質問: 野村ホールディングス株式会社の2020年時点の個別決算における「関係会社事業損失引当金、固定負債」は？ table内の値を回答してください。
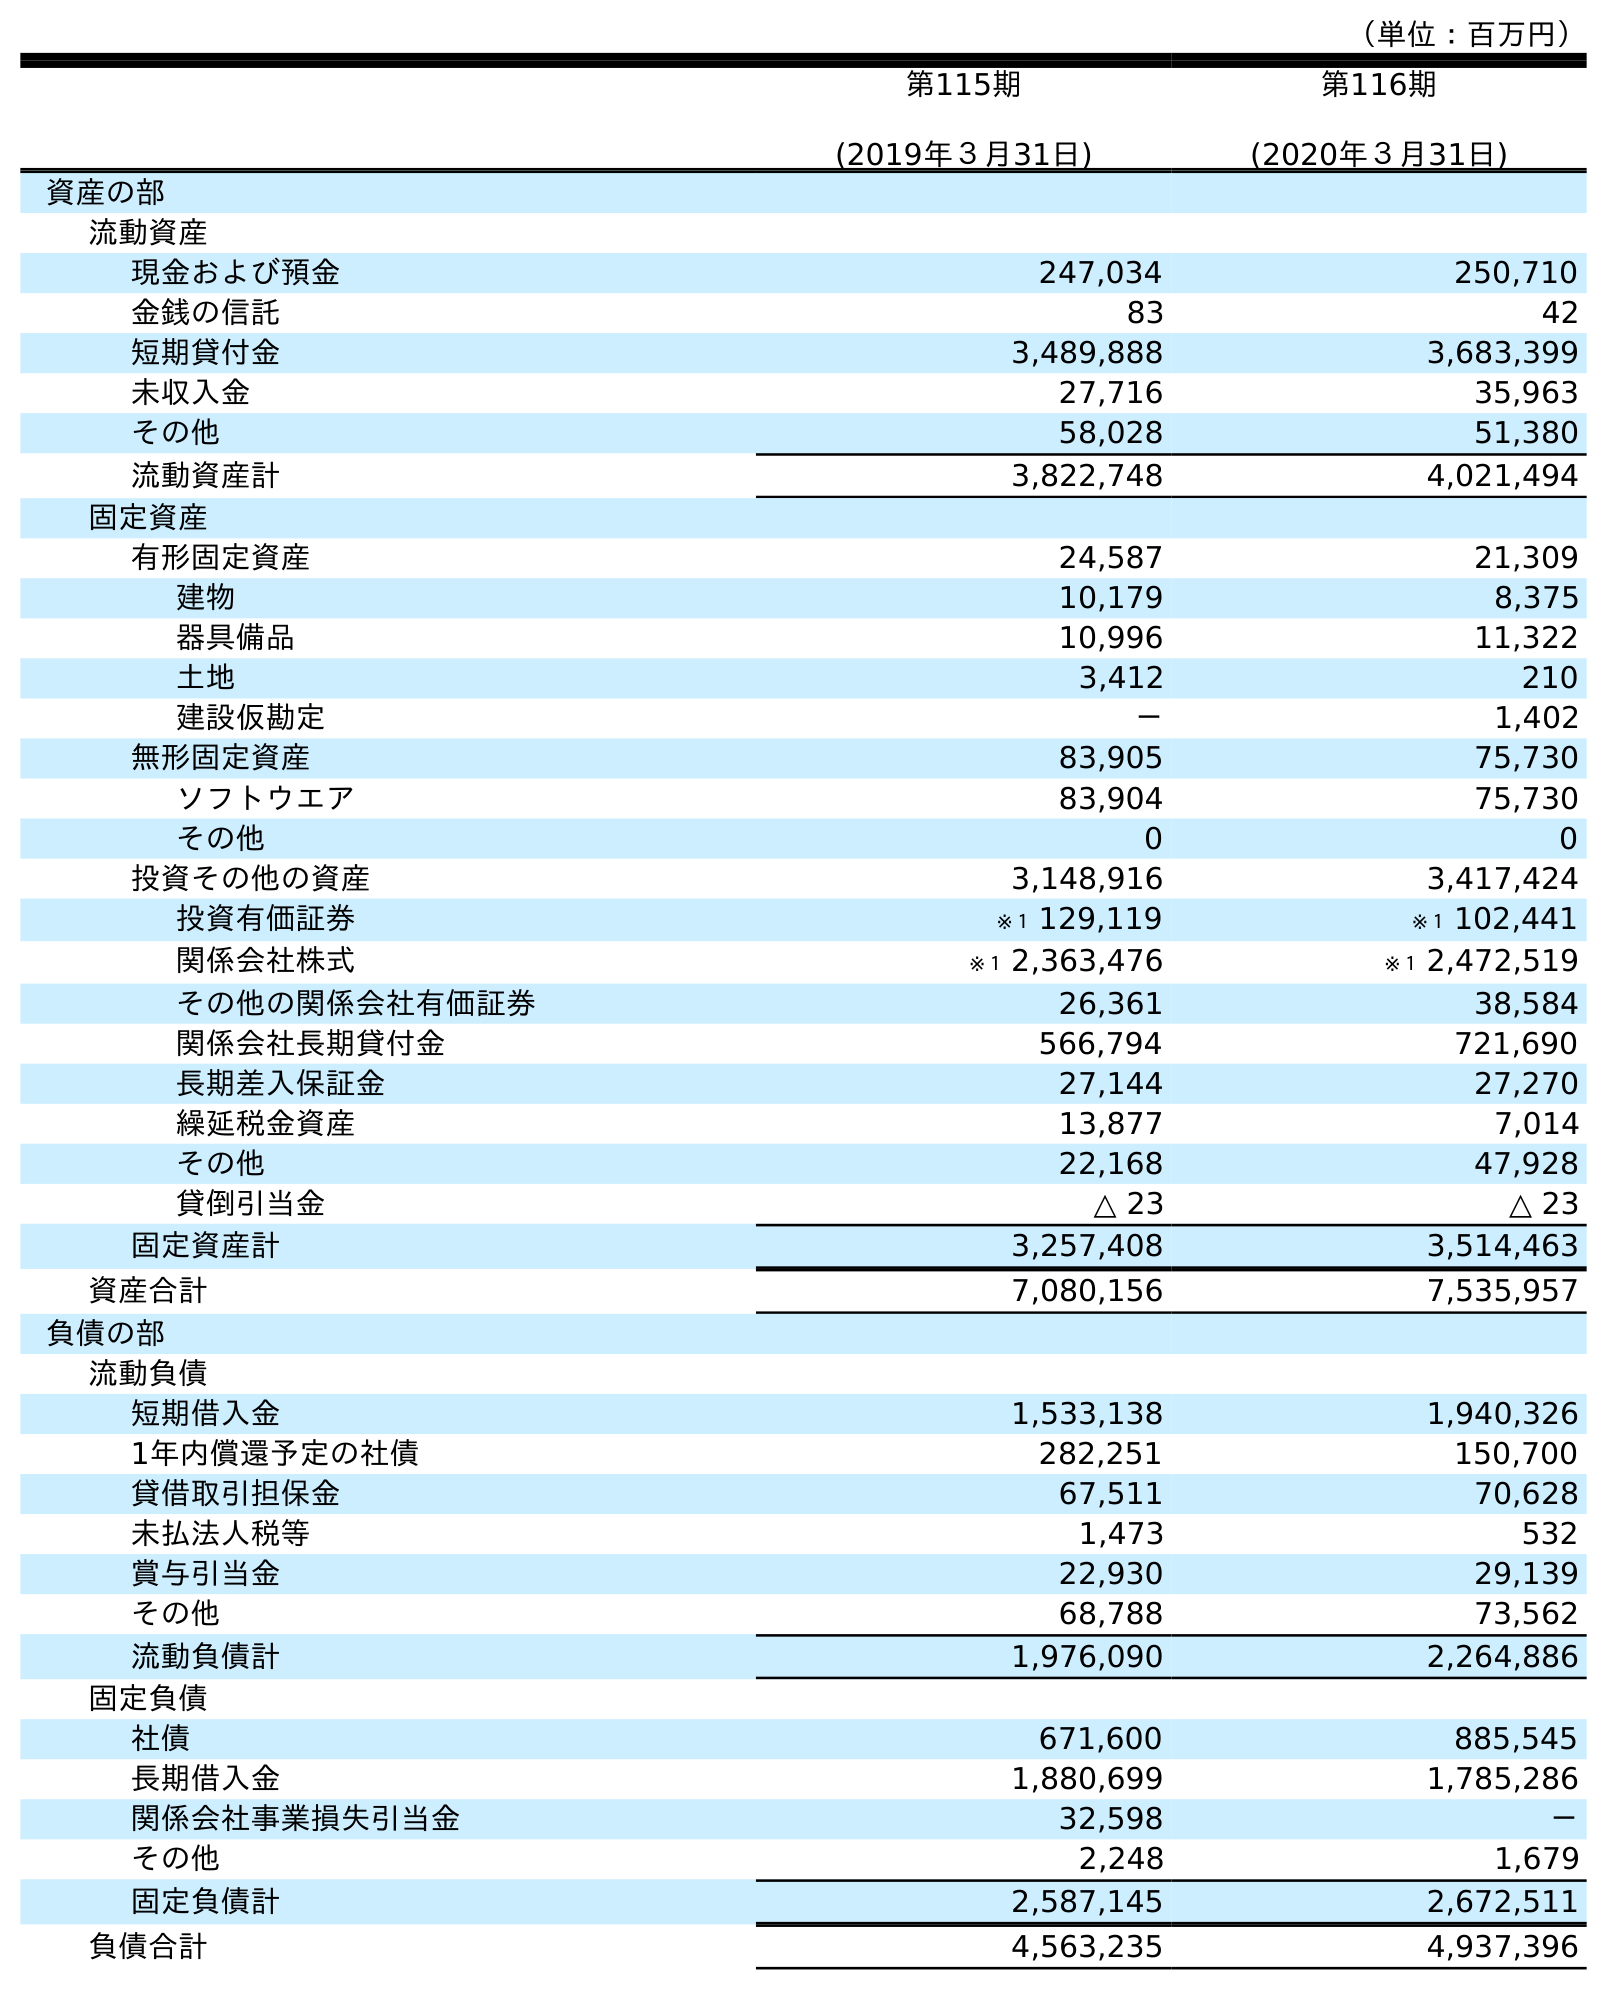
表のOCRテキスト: （単位：百万円） 第115期 (2019年３月31日) 第116期 (2020年３月31日) 資産の部 流動資産 現金および預金 247,034 250,710 金銭の信託 83 42 短期貸付金 3,489,888 3,683,399 未収入金 27,716 35,963 その他 58,028 51,380 流動資産計 3,822,748 4,021,494 固定資産 有形固定資産 24,587 21,309 建物 10,179 8,375 器具備品 10,996 11,322 土地 3,412 210 建設仮勘定 － 1,402 無形固定資産 83,905 75,730 ソフトウエア 83,904 75,730 その他 0 0 投資その他の資産 3,148,916 3,417,424 投資有価証券 ※１ 129,119 ※１ 102,441 関係会社株式 ※１ 2,363,476 ※１ 2,472,519 その他の関係会社有価証券 26,361 38,584 関係会社長期貸付金 566,794 721,690 長期差入保証金 27,144 27,270 繰延税金資産 13,877 7,014 その他 22,168 47,928 貸倒引当金 △ 23 △ 23 固定資産計 3,257,408 3,514,463 資産合計 7,080,156 7,535,957 負債の部 流動負債 短期借入金 1,533,138 1,940,326 1年内償還予定の社債 282,251 150,700 貸借取引担保金 67,511 70,628 未払法人税等 1,473 532 賞与引当金 22,930 29,139 その他 68,788 73,562 流動負債計 1,976,090 2,264,886 固定負債 社債 671,600 885,545 長期借入金 1,880,699 1,785,286 関係会社事業損失引当金 32,598 － その他 2,248 1,679 固定負債計 2,587,145 2,672,511 負債合計 4,563,235 4,937,396
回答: －